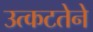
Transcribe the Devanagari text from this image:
उत्कटतेने